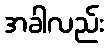
အခါလည်း